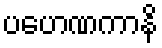
ပဟေဏကာနိ